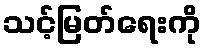
သင့်မြတ်ရေးကို